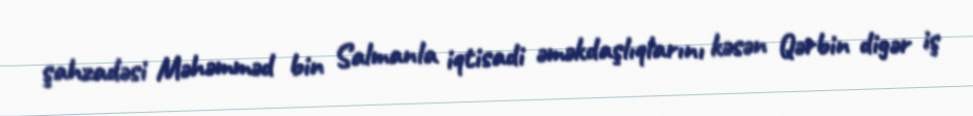
şahzadəsi Məhəmməd bin Salmanla iqtisadi əməkdaşlıqlarını kəsən Qərbin digər iş